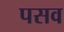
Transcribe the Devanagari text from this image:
पसव